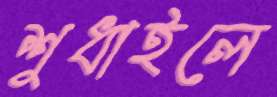
শুধাইলে